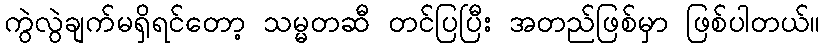
ကွဲလွဲချက်မရှိရင်တော့ သမ္မတဆီ တင်ပြပြီး အတည်ဖြစ်မှာ ဖြစ်ပါတယ်။